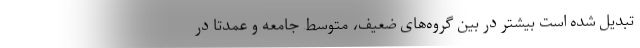
تبدیل شده است بیشتر در بین گروه‌های ضعیف، متوسط جامعه و عمدتاً در